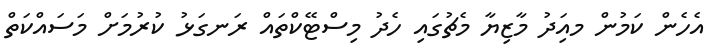
އެހެން ކަމުން މއިަދު މާޒިޔާ މެޗުގައި ހެދުު މިސްޓޭކްތައް ރަނގަޅު ކުރުމަށް މަސައްކަތް